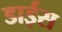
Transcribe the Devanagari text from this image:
डाईस